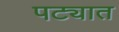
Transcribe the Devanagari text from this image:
पट्यात